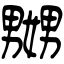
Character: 嬲